Civil Veterinary Department Bihar & Orissa reports 1911-21 - 1911-1921
Year: 1911
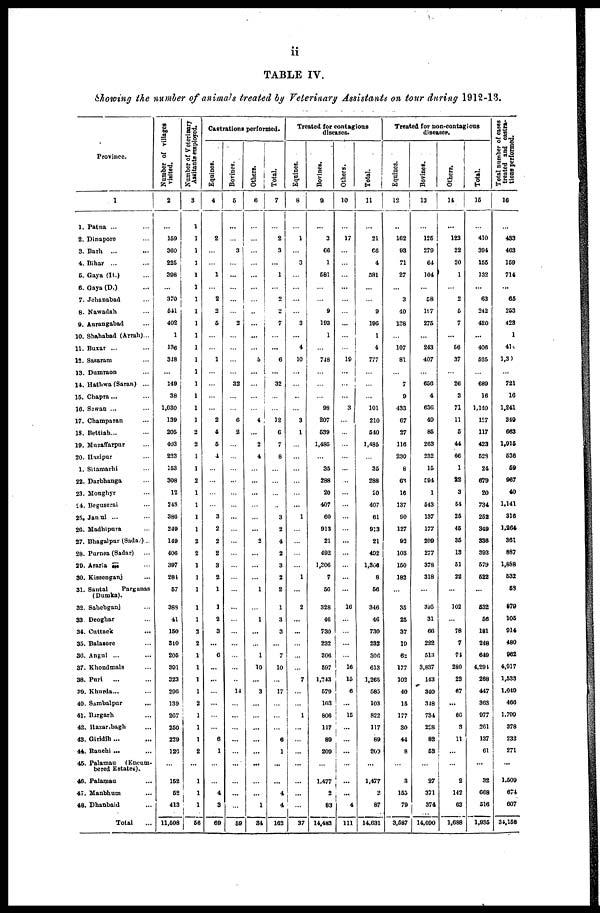
ii
TABLE IV.
Showing the number of animals treated by Veterinary Assistants on tour during 1912-13.
Province.
1
1. Patna ... ...
2. Dinapore ...
3. Barh
... ...
4. Bihar ...
5. Gaya (It.) ...
6. Gaya (D.) ...
7. Jehanabad ...
8. Nawadah ...
9. Aurangabad ...
10. Shahabad (Arrah) ...
11. Buxar ... ...
13. Sasaram ...
13. Dumraon ...
14. Hathwa (Saran) ...
15. Chapra... ...
16. Sewan ... ...
17. Champaran ...
18. Bettiah... ...
19. Muzaffarpur ...
20. Hazipur ...
1. Sitamarhi ...
22. Darbhanga ...
23. Monghyr ...
24. Beguserai ...
25. Jamui ... ...
26. Madhipura ...
27. Bhagalpur (Sada.) ...
28. Purnea (Sadar) ...
29. Araria ... ...
30. Kissenganj ...
31. Santal
Parganas
(Dumka).
32. Sahebganj ...
33 Deoghar ...
34. Cuttack ...
35. Balasore ...
36. Angul ... ...
37. Khondmals ...
38. Puri ... ...
39. Khurda ... ...
40. Sambalpur ...
41. Bargarh ...
42. Hazaribagh ...
43. Giridih ... ...
44. Ranchi ... ...
45. Palamau
(Encum-
bered Estates).
46. Palamau
47. Manbhum ...
48. Dhanbaid ...
Total ...
Number of villages
visited.
2
...
159
360
225
398
...
370
541
402
1
136
318
...
149
38
1,030
139
205
403
223
153
308
12
248
386
249
149
406
397
284
57
388
41
150
310
205
391
323
296
139
207
250
229
126
...
152
52
413
11,508
Number of Veterinary
Assitants employed.
3
1
1
1
1
1
1
1
1
1
1
1
1
1
1
1
1
1
2
2
1
1
2
1
1
1
1
2
2
1
1
1
1
1
2
2
1
1
1
1
2
1
1
1
2
...
1
1
1
56
Castrations performed.
Equines.
4
...
2
...
...
1
...
2
2
5
...
...
1
...
...
...
...
2
4
5
4
...
...
...
...
3
2
2
2
3
2
1
1
2
3
...
6
...
...
...
...
...
...
6
1
...
...
4
3
69
Bovines.
5
...
...
3
...
...
...
...
...
2
...
...
...
...
32
...
...
6
2
...
...
...
...
...
...
...
...
...
...
...
...
...
...
...
...
...
...
...
...
14
...
...
...
...
...
...
...
...
...
59
Others.
6
...
...
...
...
...
...
...
..
...
...
...
5
...
...
...
...
4
...
2
4
...
...
...
...
...
...
2
...
...
...
1
...
1
...
...
1
10
...
3
...
...
...
...
...
...
...
...
1
34
Total.
7
...
2
3
...
1
...
2
2
7
...
...
6
...
32
...
...
12
6
7
8
...
...
...
...
3
2
4
2
3
2
2
1
3
3
...
7
10
...
17
...
...
...
6
1
...
...
4
4
162
Treated for contagions
diseases.
Equines.
8
...
1
...
3
...
...
...
...
3
...
4
10
...
...
...
...
3
1
...
...
...
...
...
...
1
...
...
...
...
1
...
2
...
...
...
...
...
7
...
...
1
...
...
...
...
...
...
...
37
Bovines.
9
...
3
66
1
581
...
...
9
193
1
...
748
...
...
...
98
207
539
1,485
...
35
288
20
407
60
913
21
492
1,306
7
56
328
46
730
232
306
597
1,243
679
103
806
117
89
209
...
1,477
2
83
14,483
Others.
10
...
17
...
...
...
...
...
...
...
...
...
19
...
...
...
3
...
...
...
...
...
...
...
...
...
...
...
...
...
...
...
16
...
...
...
...
16
15
6
...
15
...
...
...
...
...
...
4
111
Total.
11
...
21
66
4
581
...
...
9
190
1
4
777
...
...
...
101
210
540
1,485
...
35
288
50
407
61
913
21
402
1,306
8
66
346
46
730
232
306
613
1,265
685
103
822
117
89
260
...
1,477
2
87
14,031
Treated for non-contagious
diseases.
Equines.
12
...
162
03
71
27
...
3
40
138
...
107
81
...
7
9
433
67
27
116
230
8
63
16
137
90
127
92
103
150
182
...
35
25
37
19
62
177
102
40
15
177
30
44
8
...
3
155
79
3,687
Bovines.
13
...
126
279
64
104
...
58
107
275
...
243
407
...
650
4
636
49
85
263
232
15
594
1
543
137
177
209
277
378
318
...
395
31
66
222
513
3,837
143
340
318
734
228
82
63
...
27
371
374
14,090
Others.
14
...
123
22
20
1
...
2
6
7
...
66
37
...
26
3
71
11
6
44
66
1
82
3
54
26
45
36
13
61
22
...
102
...
78
7
74
280
23
67
...
60
3
11
...
...
2
112
63
1,688
Total.
15
...
410
394
155
132
...
63
242
420
...
406
525
...
689
16
1,140
157
117
423
62S
24
679
20
734
252
349
336
393
579
622
...
532
66
181
248
649
4,294
268
447
363
977
261
137
61
...
32
668
516
1,936
Total number of cases
treated and castra-
tions performed.
16
...
433
463
159
714
...
66
253
423
1
418
1,30
...
721
16
1,241
340
663
1,916
536
69
967
40
1,141
316
1,264
361
887
1,888
532
58
870
105
914
480
962
4,917
1,533
1,049
466
1,799
378
232
271
...
1,609
674
607
34,158